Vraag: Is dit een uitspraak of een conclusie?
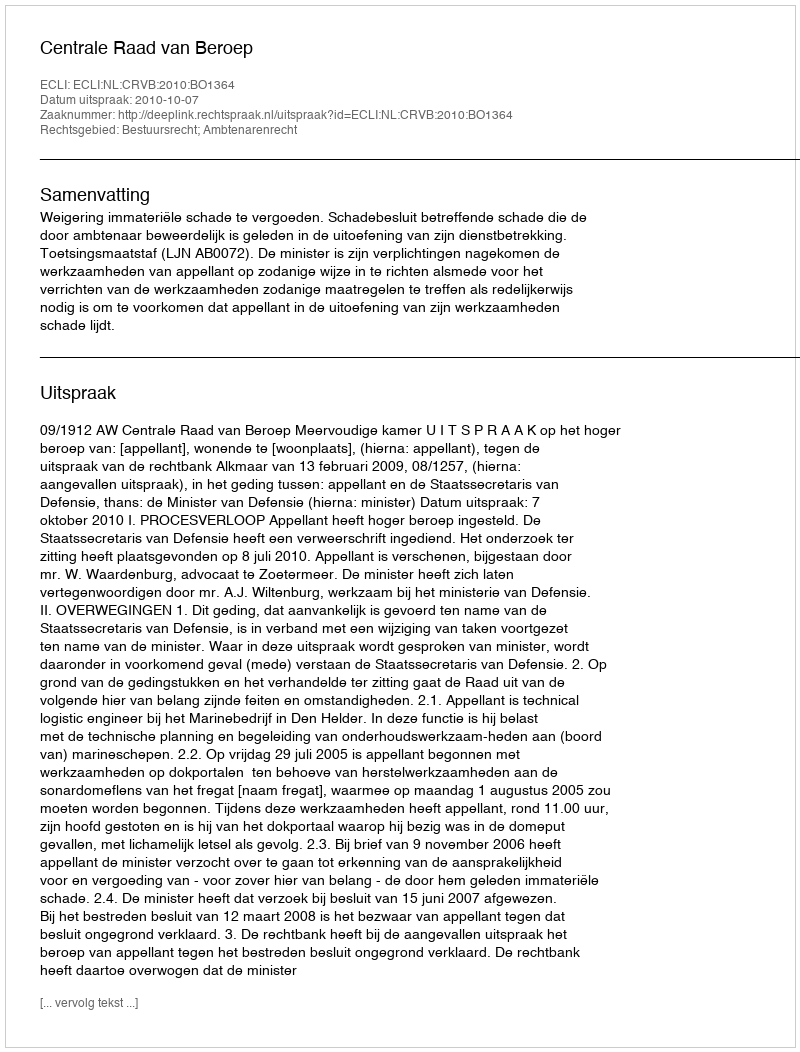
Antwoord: Uitspraak